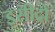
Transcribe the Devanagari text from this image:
इसीद्रो